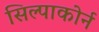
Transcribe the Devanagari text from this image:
सिल्पाकोर्न